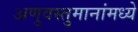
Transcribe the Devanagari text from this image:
अणुवस्तुमानांमध्ये